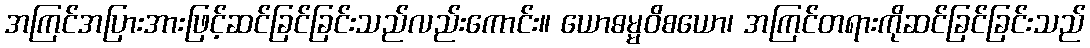
အကြင်အပြားအားဖြင့်ဆင်ခြင်ခြင်းသည်လည်းကောင်း။ ယောဓမ္မဝိစယော၊ အကြင်တရားကိုဆင်ခြင်ခြင်းသည်